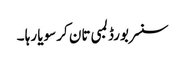
سنسر بورڈ لمبی تان کر سویا رہا ۔